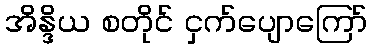
အိန္ဒိယ စတိုင် ငှက်ပျောကြော်